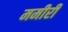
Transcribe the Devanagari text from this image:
ममीरी